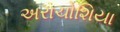
અરાચોશિયા